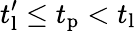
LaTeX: t_{\mathrm{l}}^{\prime}\le t_{\mathrm{p}}<t_{\mathrm{l}}